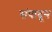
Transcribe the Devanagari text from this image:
संपादून